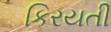
કિરયતી